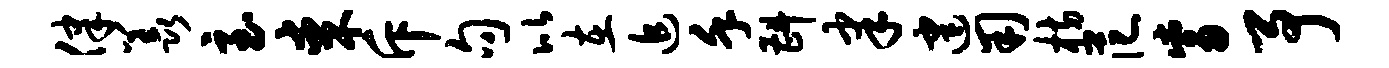
律羡至某斥句比在追堇斟聿建用枋范觜予